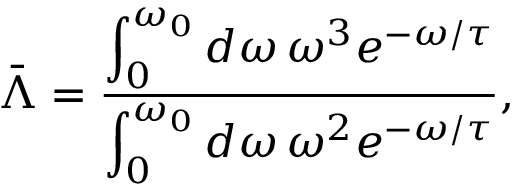
\bar { \Lambda } = \frac { \displaystyle \int _ { 0 } ^ { \omega _ { 0 } } d \omega \, \omega ^ { 3 } e ^ { - \omega / \tau } } { \displaystyle \int _ { 0 } ^ { \omega _ { 0 } } d \omega \, \omega ^ { 2 } e ^ { - \omega / \tau } } ,